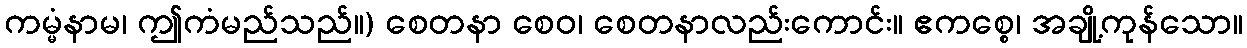
ကမ္မံနာမ၊ ဤကံမည်သည်။) စေတနာ စေဝ၊ စေတနာလည်းကောင်း။ ဧကစ္စေ၊ အချို့ကုန်သော။